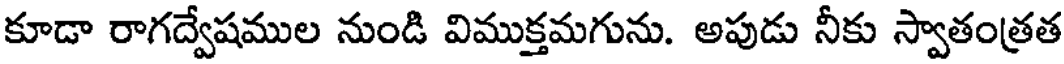
కూడా రాగద్వేషముల నుండి విముక్తమగును. అపుడు నీకు స్వాతంత్రత